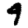
Digit: 9